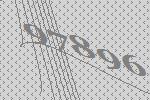
97896